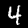
Digit: 4